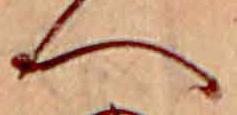
へ